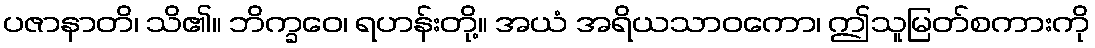
ပဇာနာတိ၊ သိ၏။ ဘိက္ခဝေ၊ ရဟန်းတို့။ အယံ အရိယသာဝကော၊ ဤသူမြတ်စကားကို